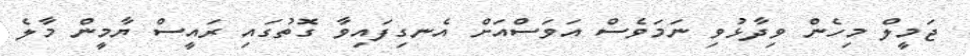
ޖަމީލް މިހެން ވިދާޅުވި ނަމަވެސް އަވަސްއަށް އެނގިފައިވާ ގޮތުގަައި ރައީސް ޔާމީން މާލެ